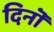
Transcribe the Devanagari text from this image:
दिनॊं